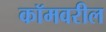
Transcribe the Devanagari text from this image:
कॉमवरील